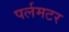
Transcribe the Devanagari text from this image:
पर्लमटर